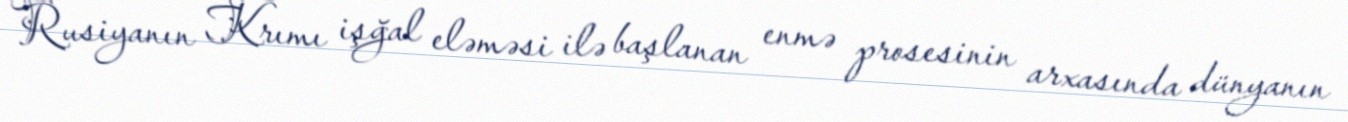
Rusiyanın Krımı işğal eləməsi ilə başlanan enmə prosesinin arxasında dünyanın